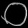
Digit: ၀